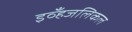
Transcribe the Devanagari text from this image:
इव्हँजलिकल